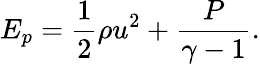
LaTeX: E_{p}=\frac{1}{2}\rho u^{2}+\frac{P}{\gamma-1}.